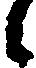
候